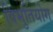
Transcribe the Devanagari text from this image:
विभुतियोग